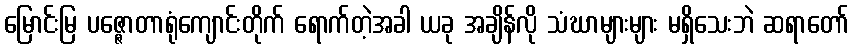
မြောင်းမြ ပဇ္ဇောတာရုံကျောင်းတိုက် ရောက်တဲ့အခါ ယခု အချိန်လို သံဃာများများ မရှိသေးဘဲ ဆရာတော်